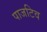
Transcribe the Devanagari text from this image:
पाजटिव